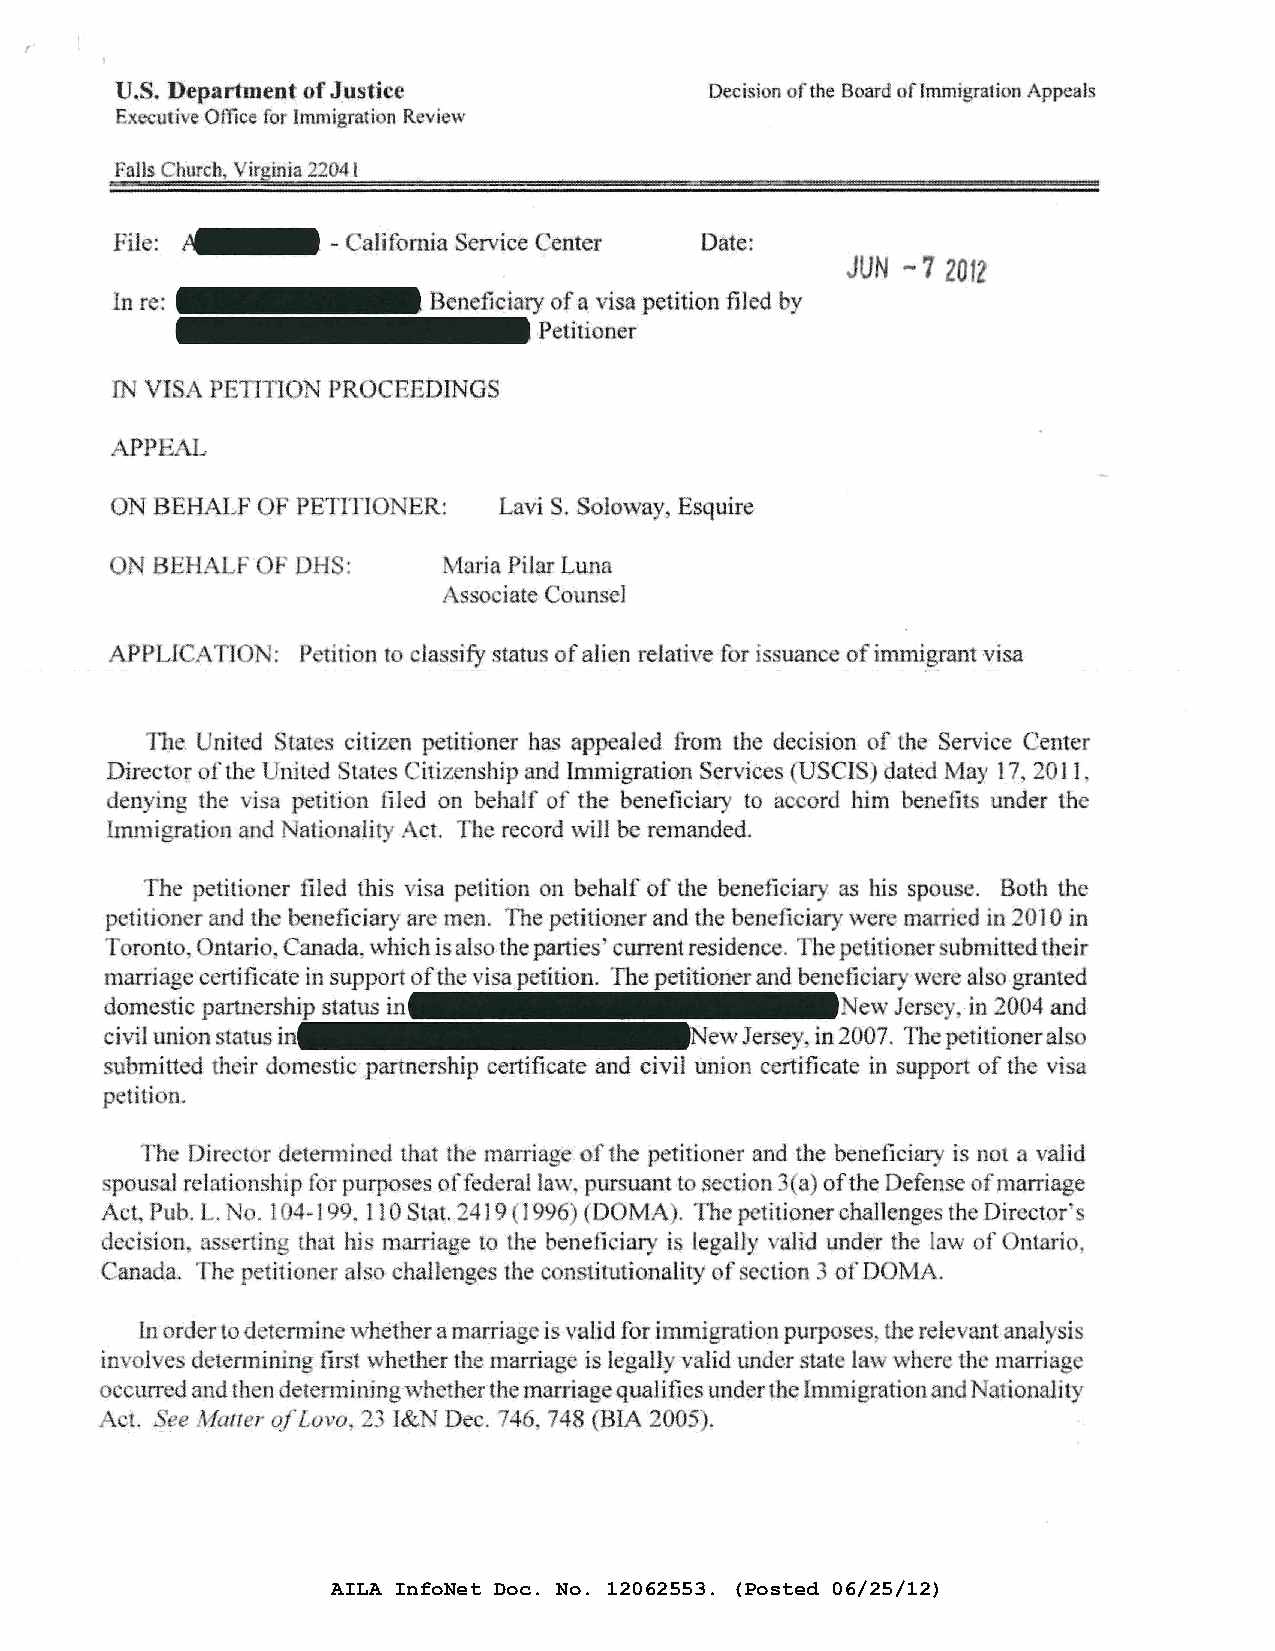
U.S. Department of J_ustlce            Decision of the Board flmmil!rati n Appeals
 Ex uti. e Office for Immigrati n R view
 Falls C~:urc'h .. _ irginia 22041
 Fit : ~       ~ aHfomia Service enter Date:
 JUN -7 201
 In re:               Beneficiary of a visa petition filed by
 .Petitioner
 IN VIS PETITION PROCEEDJNGS
 APPEAL
 ON BEHALF 0  PETITIO ER:  Lavi S. Soloway Esquire
 BEHALF    DHS:     Maria Pilar Luna
 sso iate Coun"'e]
 .APPLICA J N: P titian t · la.ssify statu of ali n relative for i uanc of in1migrant visa
 Th . Unit d State itiz n petitioner ha app al d frotn the decision f 'th Servic 'enter
 rut
 Dir ctor fthe d · tats Citiz nship and lmn1igration Services USCIS. dat -d May l?. 20 I 1
 nying the vi p titi n fi-led on b half o the· benefi iary to a ord him ben fit under the
 lmn1igrati: .nand : ati nality ct. Th record will be r manded.
 The p tili ner ·de this vi a petition on b half of the benefi iary as his spous . Both the
 p tit ion rand th b 1 eficiary ar tnen. '"fl1e petiti ner and th ben ficiary wer man1ed in 2010 in
 r nt Ontario. Canada, w1ri his al tl1e parti s urreut residence. The p titi ner ubmitted their
 marriage certjficate in suppoti ofth isa_petition. The · and benefi iary·\V r als .granted
 domestic partners .· status in                   New J rs in 2004 and
 civil union tatus                       ew Jersey in 2 07. Thepetitionerals
 submitted th ir domestic partn r. hip ert,ificate and civilooion certificate in support of th vi a
 p titi n.
 111 Dir t r detem1in d that tb n1mTia e· of the petitioner and the b neficiary is no1 valid
 pousal relationship [dr purpo es offed raJ lav "pursuant t se tion a) ofthe Defense fn1arriage
 Act, Pub. . o. 1 .4-1 ·, ll 0 Stat. .:.A 19 I 9 6 D MA . The petiHoner challenge the Director
 d cision rtin ' that hi marriage to 'th beneii iary i. legally . alid under th aw f ntario
 Canada.   e it ion r als "hallenges th c nstitutionality f section 3 of DOMA.
 1n· rder to d term in whether a marriag i ·valid for immigrati ~1 purposes~ the relevant anal si
 in · 1 es d terminin fir t wh ther the marriage is 1 ·gall valid under state la wher the marriag
 ct.UTed and th n etermining wh therthe 1narriag qualifies under the Itnmigration and Nationality
 e (/all r ofLo o 2., J& ,· De . 746 748 BIA 2005 .
 AILA InfoNet Doc. No. 12062553. (Posted 06/25/12)